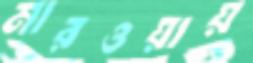
মারওয়ায়